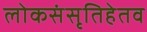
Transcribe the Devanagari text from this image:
लोकसंसृतिहेतव